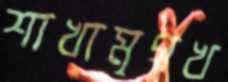
শাখামৃগখ